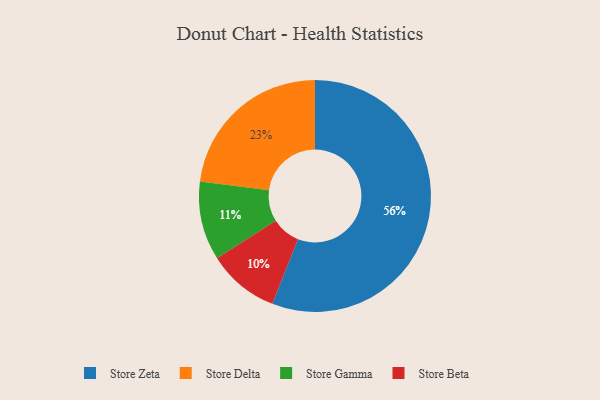
{"axis": {"x": "Category", "y": "Percentage"}, "legend": ["Store Beta", "Store Delta", "Store Gamma", "Store Zeta"], "data": [{"x": "Store Delta", "y": 23, "type": "Store Delta"}, {"x": "Store Gamma", "y": 11, "type": "Store Gamma"}, {"x": "Store Beta", "y": 10, "type": "Store Beta"}, {"x": "Store Zeta", "y": 56, "type": "Store Zeta"}]}